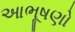
આભૂષણો